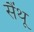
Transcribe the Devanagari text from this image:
सैंथू